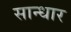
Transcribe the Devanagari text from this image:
सान्धार